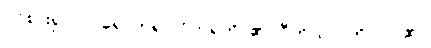
ဝင်စား၍။ ဝါ၊ ရောက်၍။ ဝိဟရတိ၊ ၏။ ပီတိယာ၊ ကို။ ဝါ၊ ၏။